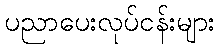
ပညာပေးလုပ်ငန်းများ